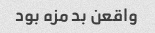
واقعن بد مزه بود